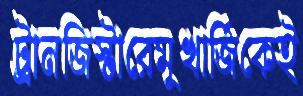
ট্রানজিস্টারেমুখার্জিকেই